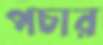
পচার